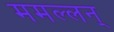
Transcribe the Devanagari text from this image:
ममल्लन्